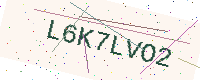
Text: L6K7LVO2